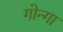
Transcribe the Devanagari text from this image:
गोन्गा